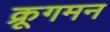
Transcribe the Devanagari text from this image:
क्रूगमन